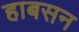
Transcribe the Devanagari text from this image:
हाबसन